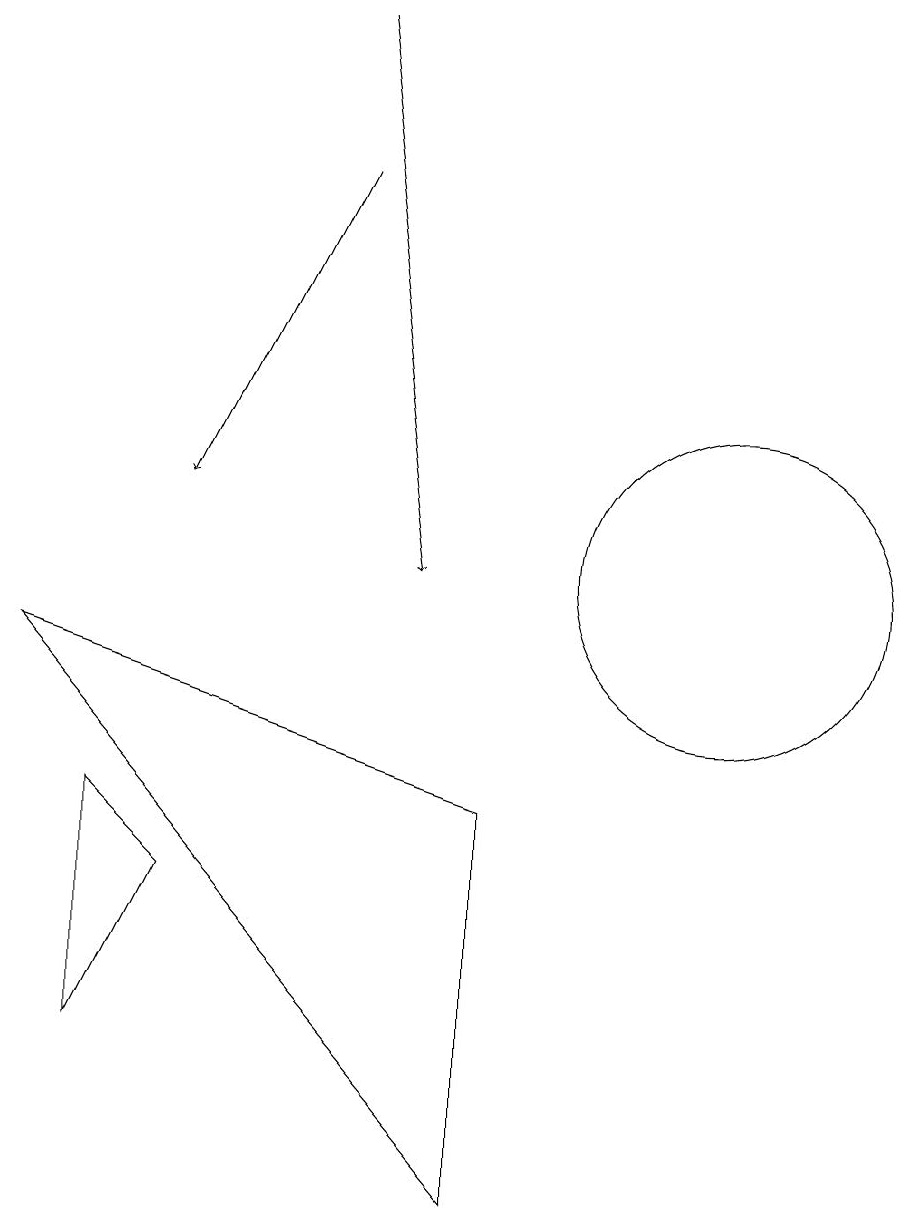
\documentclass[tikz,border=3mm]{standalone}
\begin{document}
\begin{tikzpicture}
\draw (11,10) circle (2);
\draw[->] (6,15) -- (4,11);
\draw (2,9) -- (8,2) -- (8,7) -- cycle;
\draw[->] (6,17) -- (7,10);
\draw (4,6) -- (3,7) -- (3,4) -- cycle;
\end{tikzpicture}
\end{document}